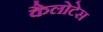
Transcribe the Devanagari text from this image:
कैलोटेस